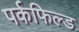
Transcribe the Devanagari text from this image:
पर्कफिल्ड